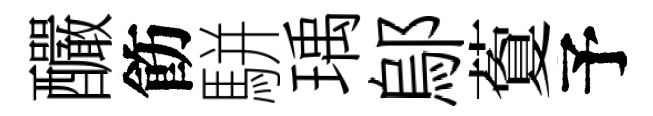
釅飭駢瑀鄔藑予